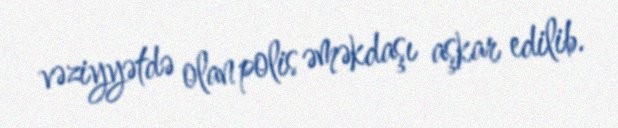
vəziyyətdə olan polis əməkdaşı aşkar edilib.